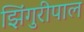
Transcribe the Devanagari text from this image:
झिंगुरीपाल